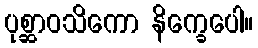
ပုစ္ဆာဝသိကော နိက္ခေပေါ။